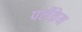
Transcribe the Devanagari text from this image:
पर्लेकेन